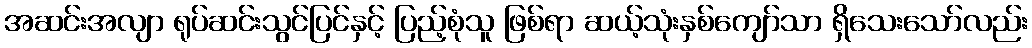
အဆင်းအလျာ ရုပ်ဆင်းသွင်ပြင်နှင့် ပြည့်စုံသူ ဖြစ်ရာ ဆယ့်သုံးနှစ်ကျော်သာ ရှိသေးသော်လည်း